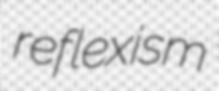
reflexism